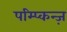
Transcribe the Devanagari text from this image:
पम्प्किन्ज़